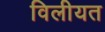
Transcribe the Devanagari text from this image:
विलीयत